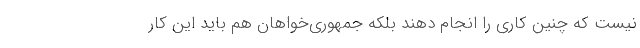
نیست که چنین کاری را انجام دهند بلکه جمهوری‌خواهان هم باید این کار